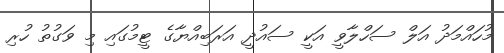
މުހައްމަދު އަލް ސަހްލާވީ އަކީ ސައުދީ އަރަބިއްޔާގެ ޓީމުގައި މި ވަގުތު ހުރި